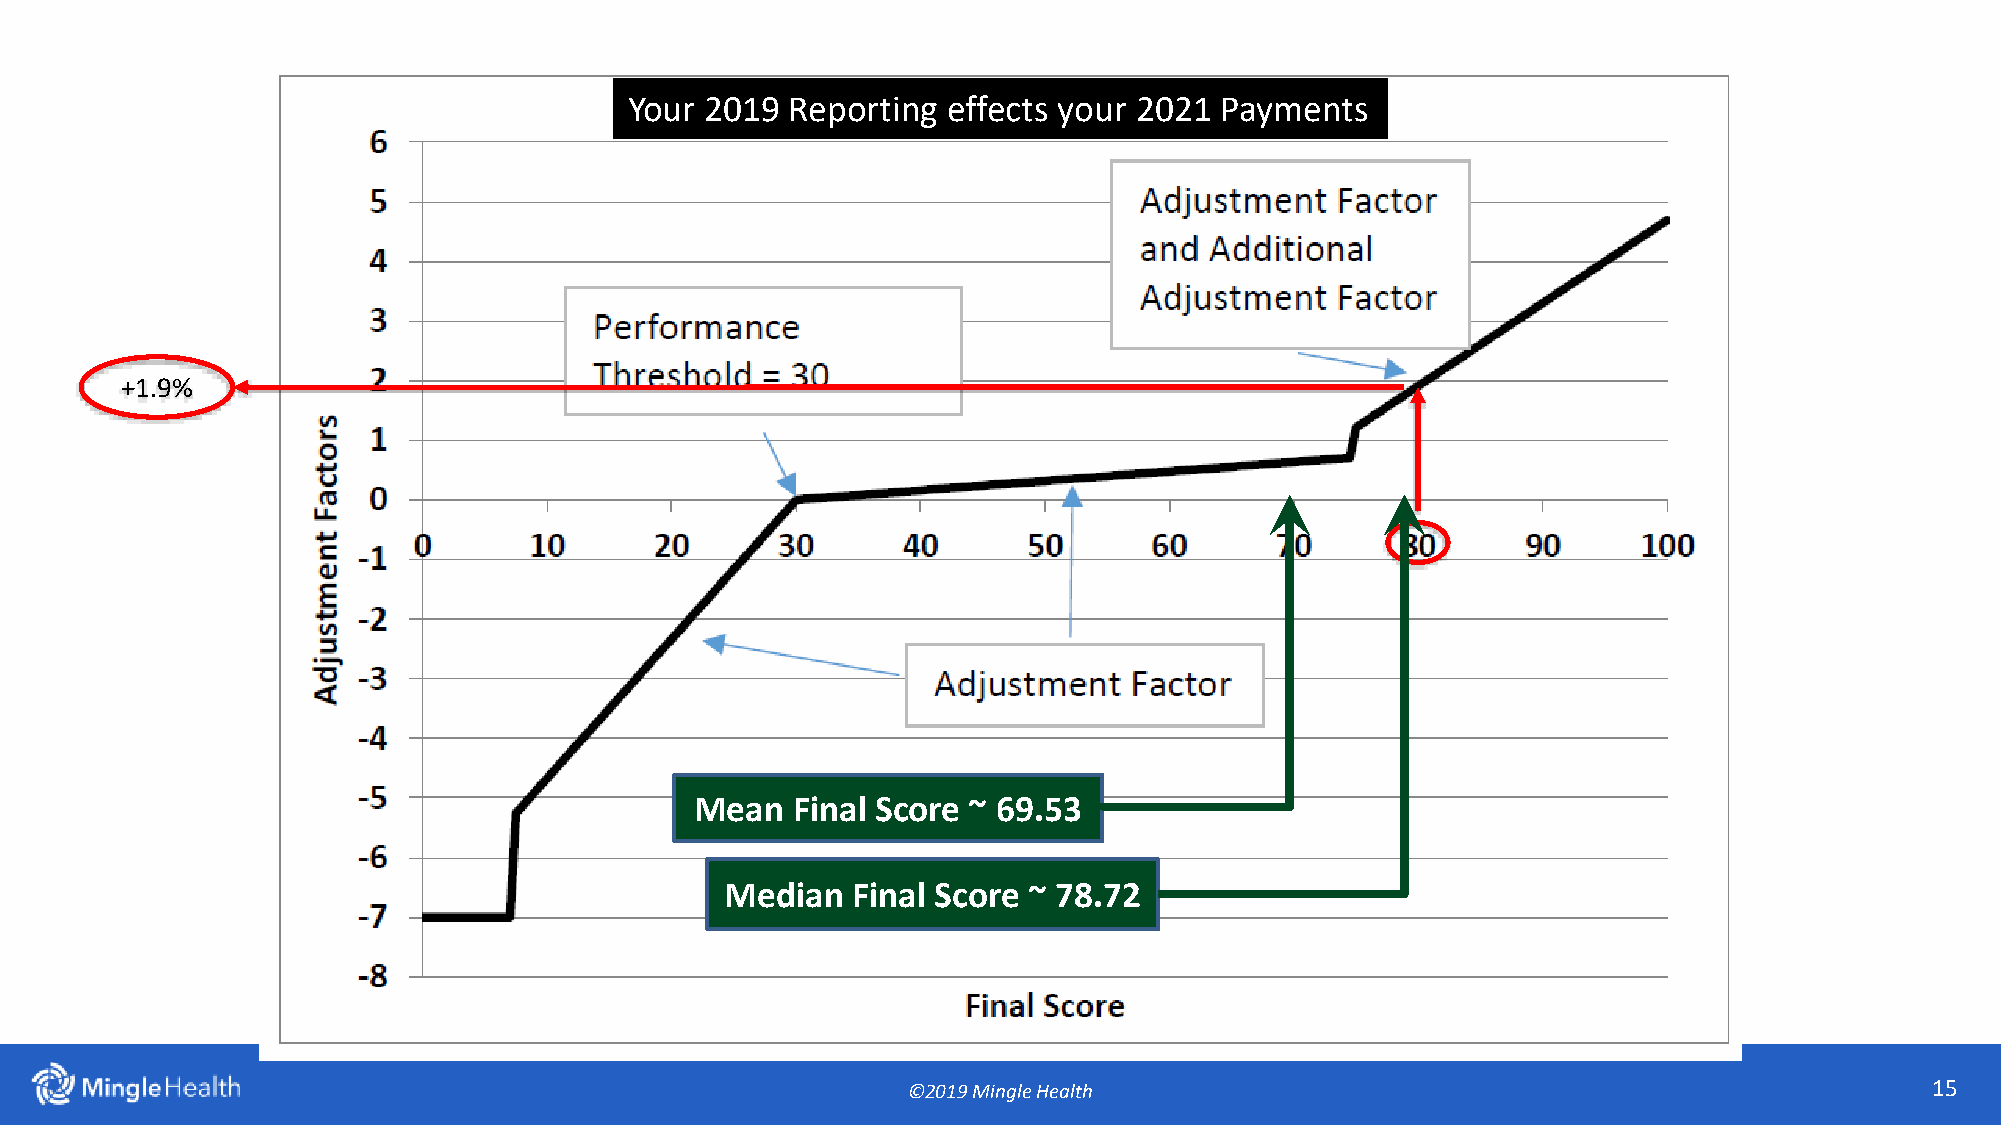
Your 2019 Reporting  effects your 2021 Payments
 +1.9%
 Mean  Final Score ~ 69.53
 Median  Final Score ~ 78.72
 ©2019 Mingle Health                                                 15